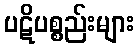
ပဋိပစ္စည်းများ